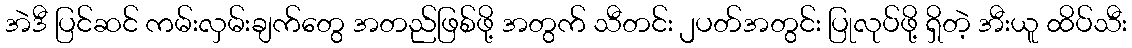
အဲဒီ ပြင်ဆင် ကမ်းလှမ်းချက်တွေ အတည်ဖြစ်ဖို့ အတွက် သီတင်း ၂ပတ်အတွင်း ပြုလုပ်ဖို့ ရှိတဲ့ အီးယူ ထိပ်သီး